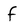
Character: f